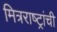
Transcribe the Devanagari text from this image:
मित्रराष्ट्रांची